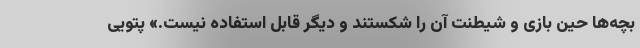
بچه‌ها حین بازی و شیطنت آن را شکستند و دیگر قابل استفاده نیست.» پتویی